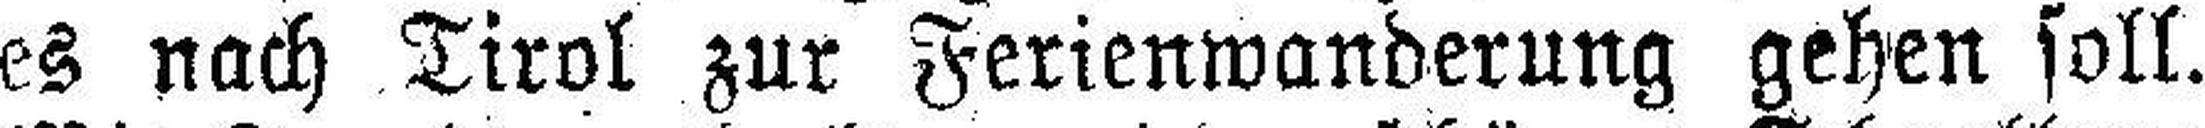
es nach Tirol zur Ferienwanderung gehen soll.